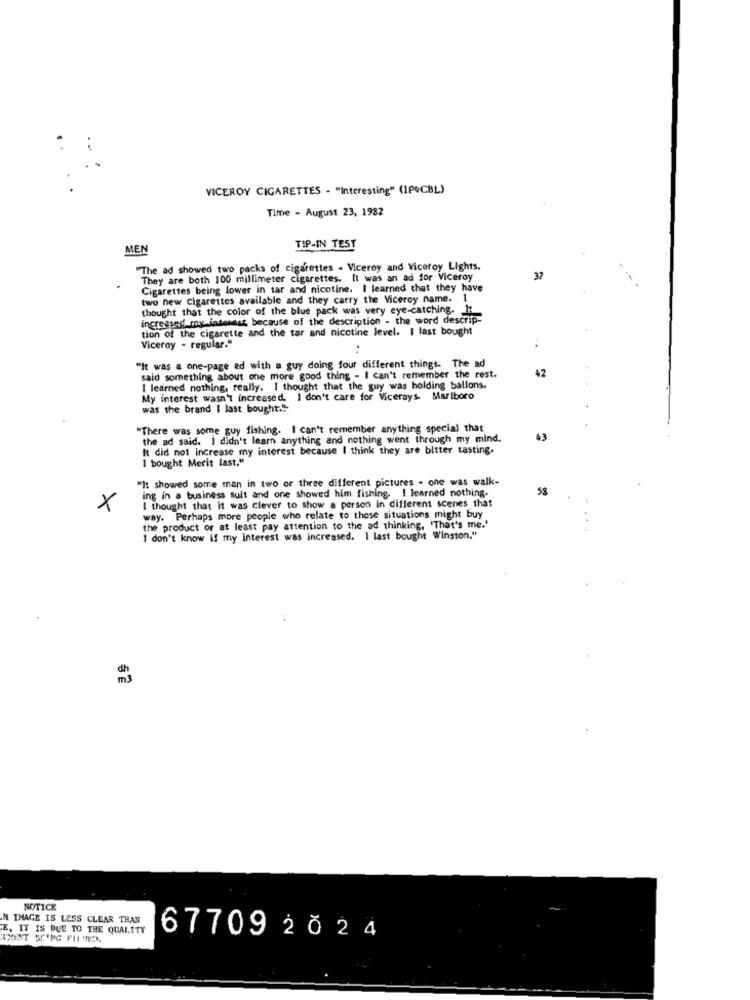
..
VICEROY CIGARETTES - "Interesting" (1P&CBL)
Time - August 23, 1982
MEN
TIP-IN TEST
"The ad showed two packs of cigarettes - Viceroy and Viceroy Lights.
They are both 100 millimeter cigarettes. It was an ad for Viceroy
37
Cigarettes being lower in tar and nicotine. I learned that they have
two new cigarettes available and they carry the Viceroy name. 1
thought that the color of the blue pack was very eye-catching. It
increased my interest because of the description - the word descrip-
tion of the cigarette and the tar and nicotine level. I last bought
Viceroy - regular."
"It was a one-page ad with a guy doing four different things. The ad
42
said something about one more good thing - I can't remember the rest.
I learned nothing, really. I thought that the guy was holding ballons.
My interest wasn't increased. I don't care for Viceroys Marlboro
was the brand I last bought."
"There was some guy fishing. I can't remember anything special that
the ad said. I didn't learn anything and nothing went through my mind.
43
It did not increase my interest because I think they are bitter tasting.
I bought Merit last."
"It showed some man in two or three different pictures . one was walk-
ing in a business suit and one showed him fishing. I learned nothing.
58
I thought that it was clever to show a person in different scenes that
X
way. Perhaps more people who relate to those situations might buy
the product or at least pay attention to the ad thinking, 'That's me.'
I don't know if my Interest was increased. I last bought Winston."
NOTICE
AN IMAGE IS LESS CLEAR THAN
E. IT IS DUE TO THE QUALITY
THENT SENG FILMED.
677092024